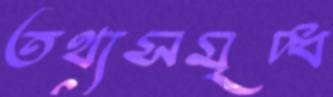
তথ্যসমৃদ্ধ